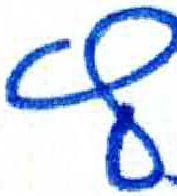
אות: ץ